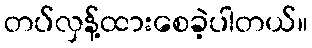
တပ်လှန့်ထားစေခဲ့ပါတယ်။